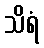
သိရံ